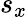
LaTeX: s_{x}